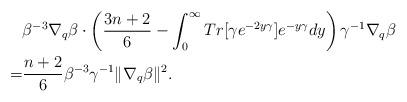
LaTeX: \begin{align*}&\beta^{-3}\nabla_q\beta\cdot \left( \frac{3n+2}{6}- \int_0^\infty Tr[\gamma e^{-2y \gamma}]e^{-y \gamma} dy\right)\gamma^{-1}\nabla_q\beta\\=& \frac{n+2}{6} \beta^{-3}\gamma^{-1}\|\nabla_q\beta\|^2.\end{align*}